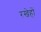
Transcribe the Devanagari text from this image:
रखेहों